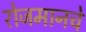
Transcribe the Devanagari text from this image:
रोजमानचे